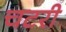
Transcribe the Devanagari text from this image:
चटरी